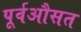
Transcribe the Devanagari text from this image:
पूर्वऔसत